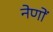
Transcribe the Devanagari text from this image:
नेणों